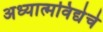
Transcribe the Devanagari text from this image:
अध्यात्मविद्येचे